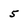
Character: 5